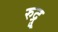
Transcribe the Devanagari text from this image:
रुद्रु